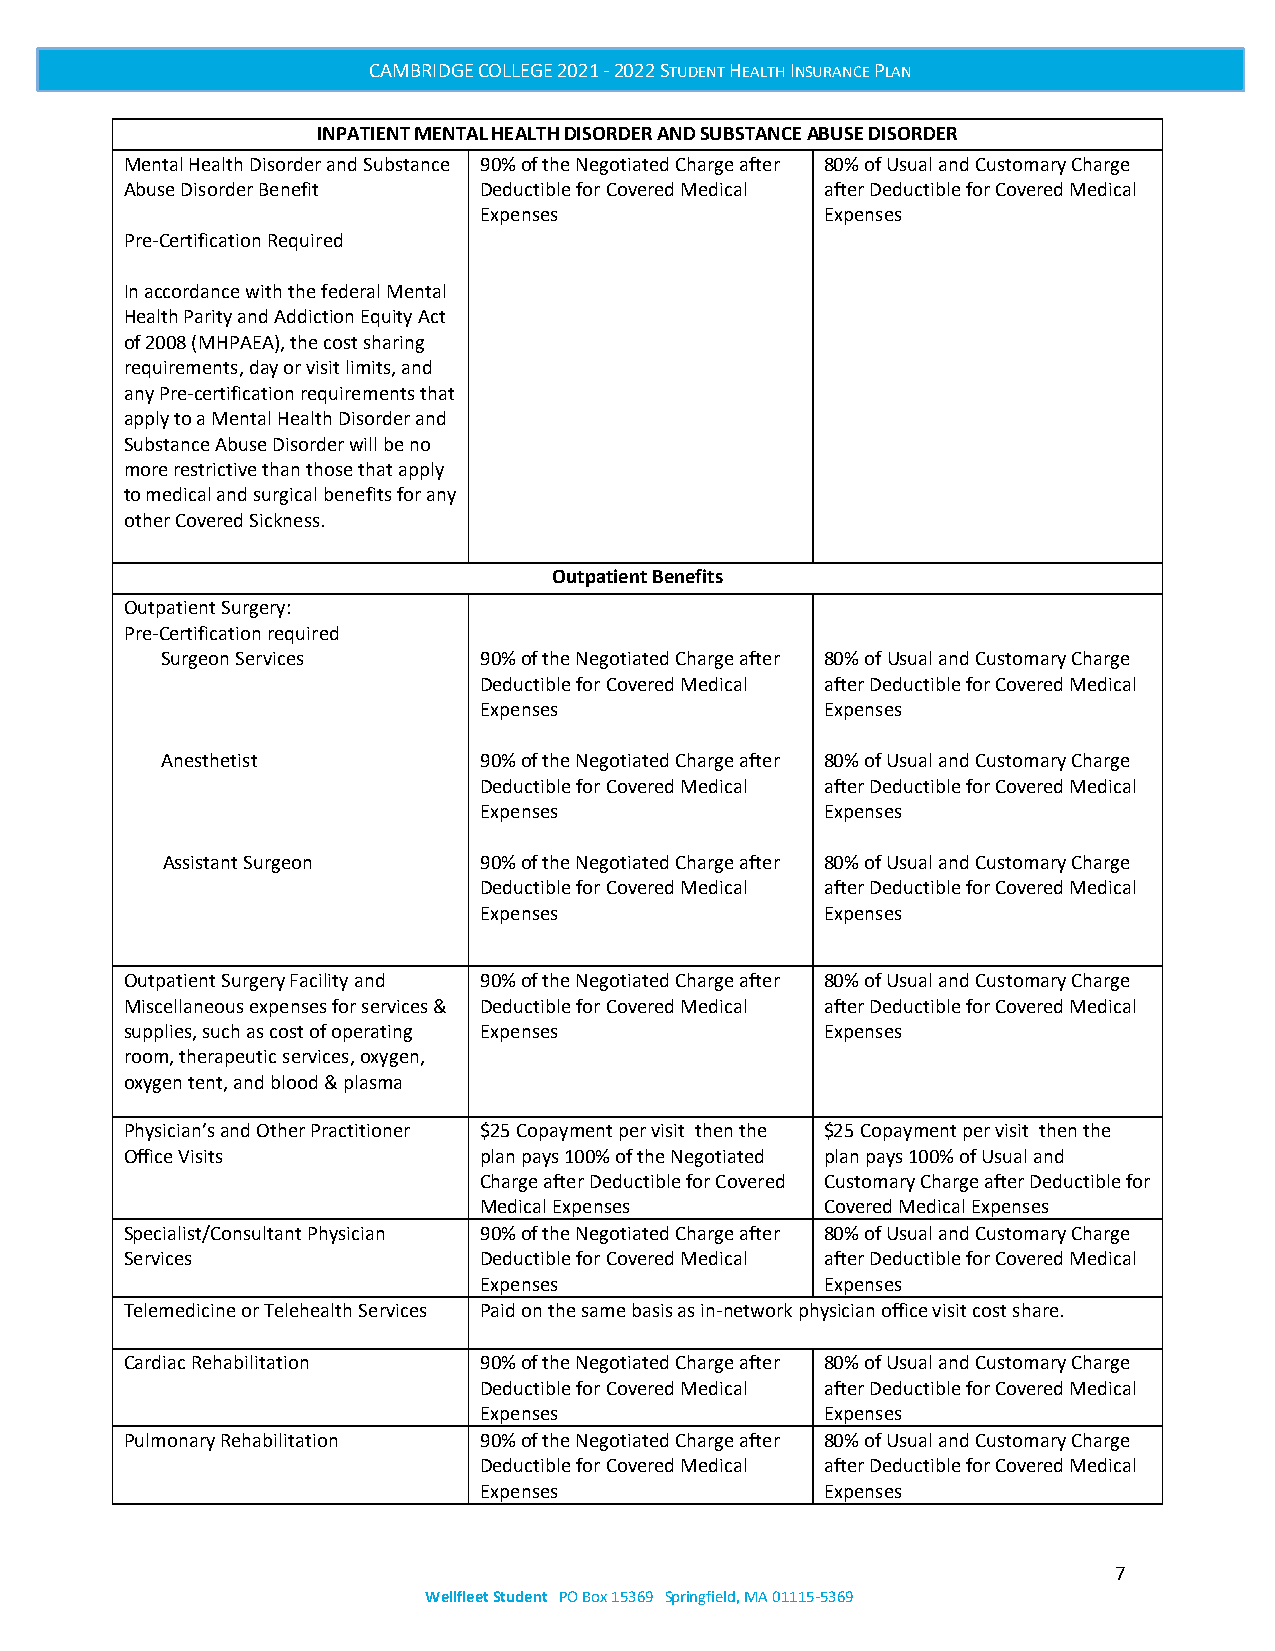
CAMBRIDGE COLLEGE 2021 - 2022 STUDENT HEALTH INSURANCE PLAN
 INPATIENT MENTAL HEALTH DISORDER AND SUBSTANCE ABUSE DISORDER
 Mental Health Disorder and Substance 90% of the Negotiated Charge after 80% of Usual and Customary Charge
 Abuse Disorder Benefit  Deductible for Covered Medical after Deductible for Covered Medical
 Expenses               Expenses
 Pre-Certification Required
 In accordance with the federal Mental
 Health Parity and Addiction Equity Act
 of 2008 (MHPAEA), the cost sharing
 requirements, day or visit limits, and
 any Pre-certification requirements that
 apply to a Mental Health Disorder and
 Substance Abuse Disorder will be no
 more restrictive than those that apply
 to medical and surgical benefits for any
 other Covered Sickness.
 Outpatient Benefits
 Outpatient Surgery:
 Pre-Certification required
 Surgeon Services     90% of the Negotiated Charge after 80% of Usual and Customary Charge
 Deductible for Covered Medical after Deductible for Covered Medical
 Expenses               Expenses
 Anesthetist          90% of the Negotiated Charge after 80% of Usual and Customary Charge
 Deductible for Covered Medical after Deductible for Covered Medical
 Expenses               Expenses
 Assistant Surgeon    90% of the Negotiated Charge after 80% of Usual and Customary Charge
 Deductible for Covered Medical after Deductible for Covered Medical
 Expenses               Expenses
 Outpatient Surgery Facility and 90% of the Negotiated Charge after 80% of Usual and Customary Charge
 Miscellaneous expenses for services & Deductible for Covered Medical after Deductible for Covered Medical
 supplies, such as cost of operating Expenses   Expenses
 room, therapeutic services, oxygen,
 oxygen tent, and blood & plasma
 Physician’s and Other Practitioner $25 Copayment per visit then the $25 Copayment per visit then the
 Office Visits           plan pays 100% of the Negotiated plan pays 100% of Usual and
 Charge after Deductible for Covered Customary Charge after Deductible for
 Medical Expenses       Covered Medical Expenses
 Specialist/Consultant Physician 90% of the Negotiated Charge after 80% of Usual and Customary Charge
 Services                Deductible for Covered Medical after Deductible for Covered Medical
 Expenses               Expenses
 Telemedicine or Telehealth Services Paid on the same basis as in-network physician office visit cost share.
 Cardiac Rehabilitation  90% of the Negotiated Charge after 80% of Usual and Customary Charge
 Deductible for Covered Medical after Deductible for Covered Medical
 Expenses               Expenses
 Pulmonary Rehabilitation 90% of the Negotiated Charge after 80% of Usual and Customary Charge
 Deductible for Covered Medical after Deductible for Covered Medical
 Expenses               Expenses
 7
 Wellfleet Student PO Box 15369 Springfield, MA 01115-5369